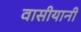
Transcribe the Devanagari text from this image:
वासीयानी